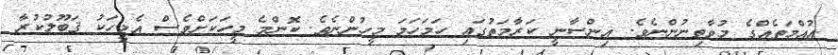
އުއްމަތެއްގެ މުވާތިނުންނެވެ. އިންސާނީ ކަރާމަތުގައި ހަމަހަމަ މީހުންނެވެ. ކޮންމެ މީހަކަށްވެސް އެމީހަކު ޤަބޫލުކުރާ